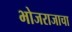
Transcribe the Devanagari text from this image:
भोजराजाचा